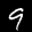
Label: 9